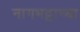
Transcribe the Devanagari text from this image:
नागभट्टाच्या